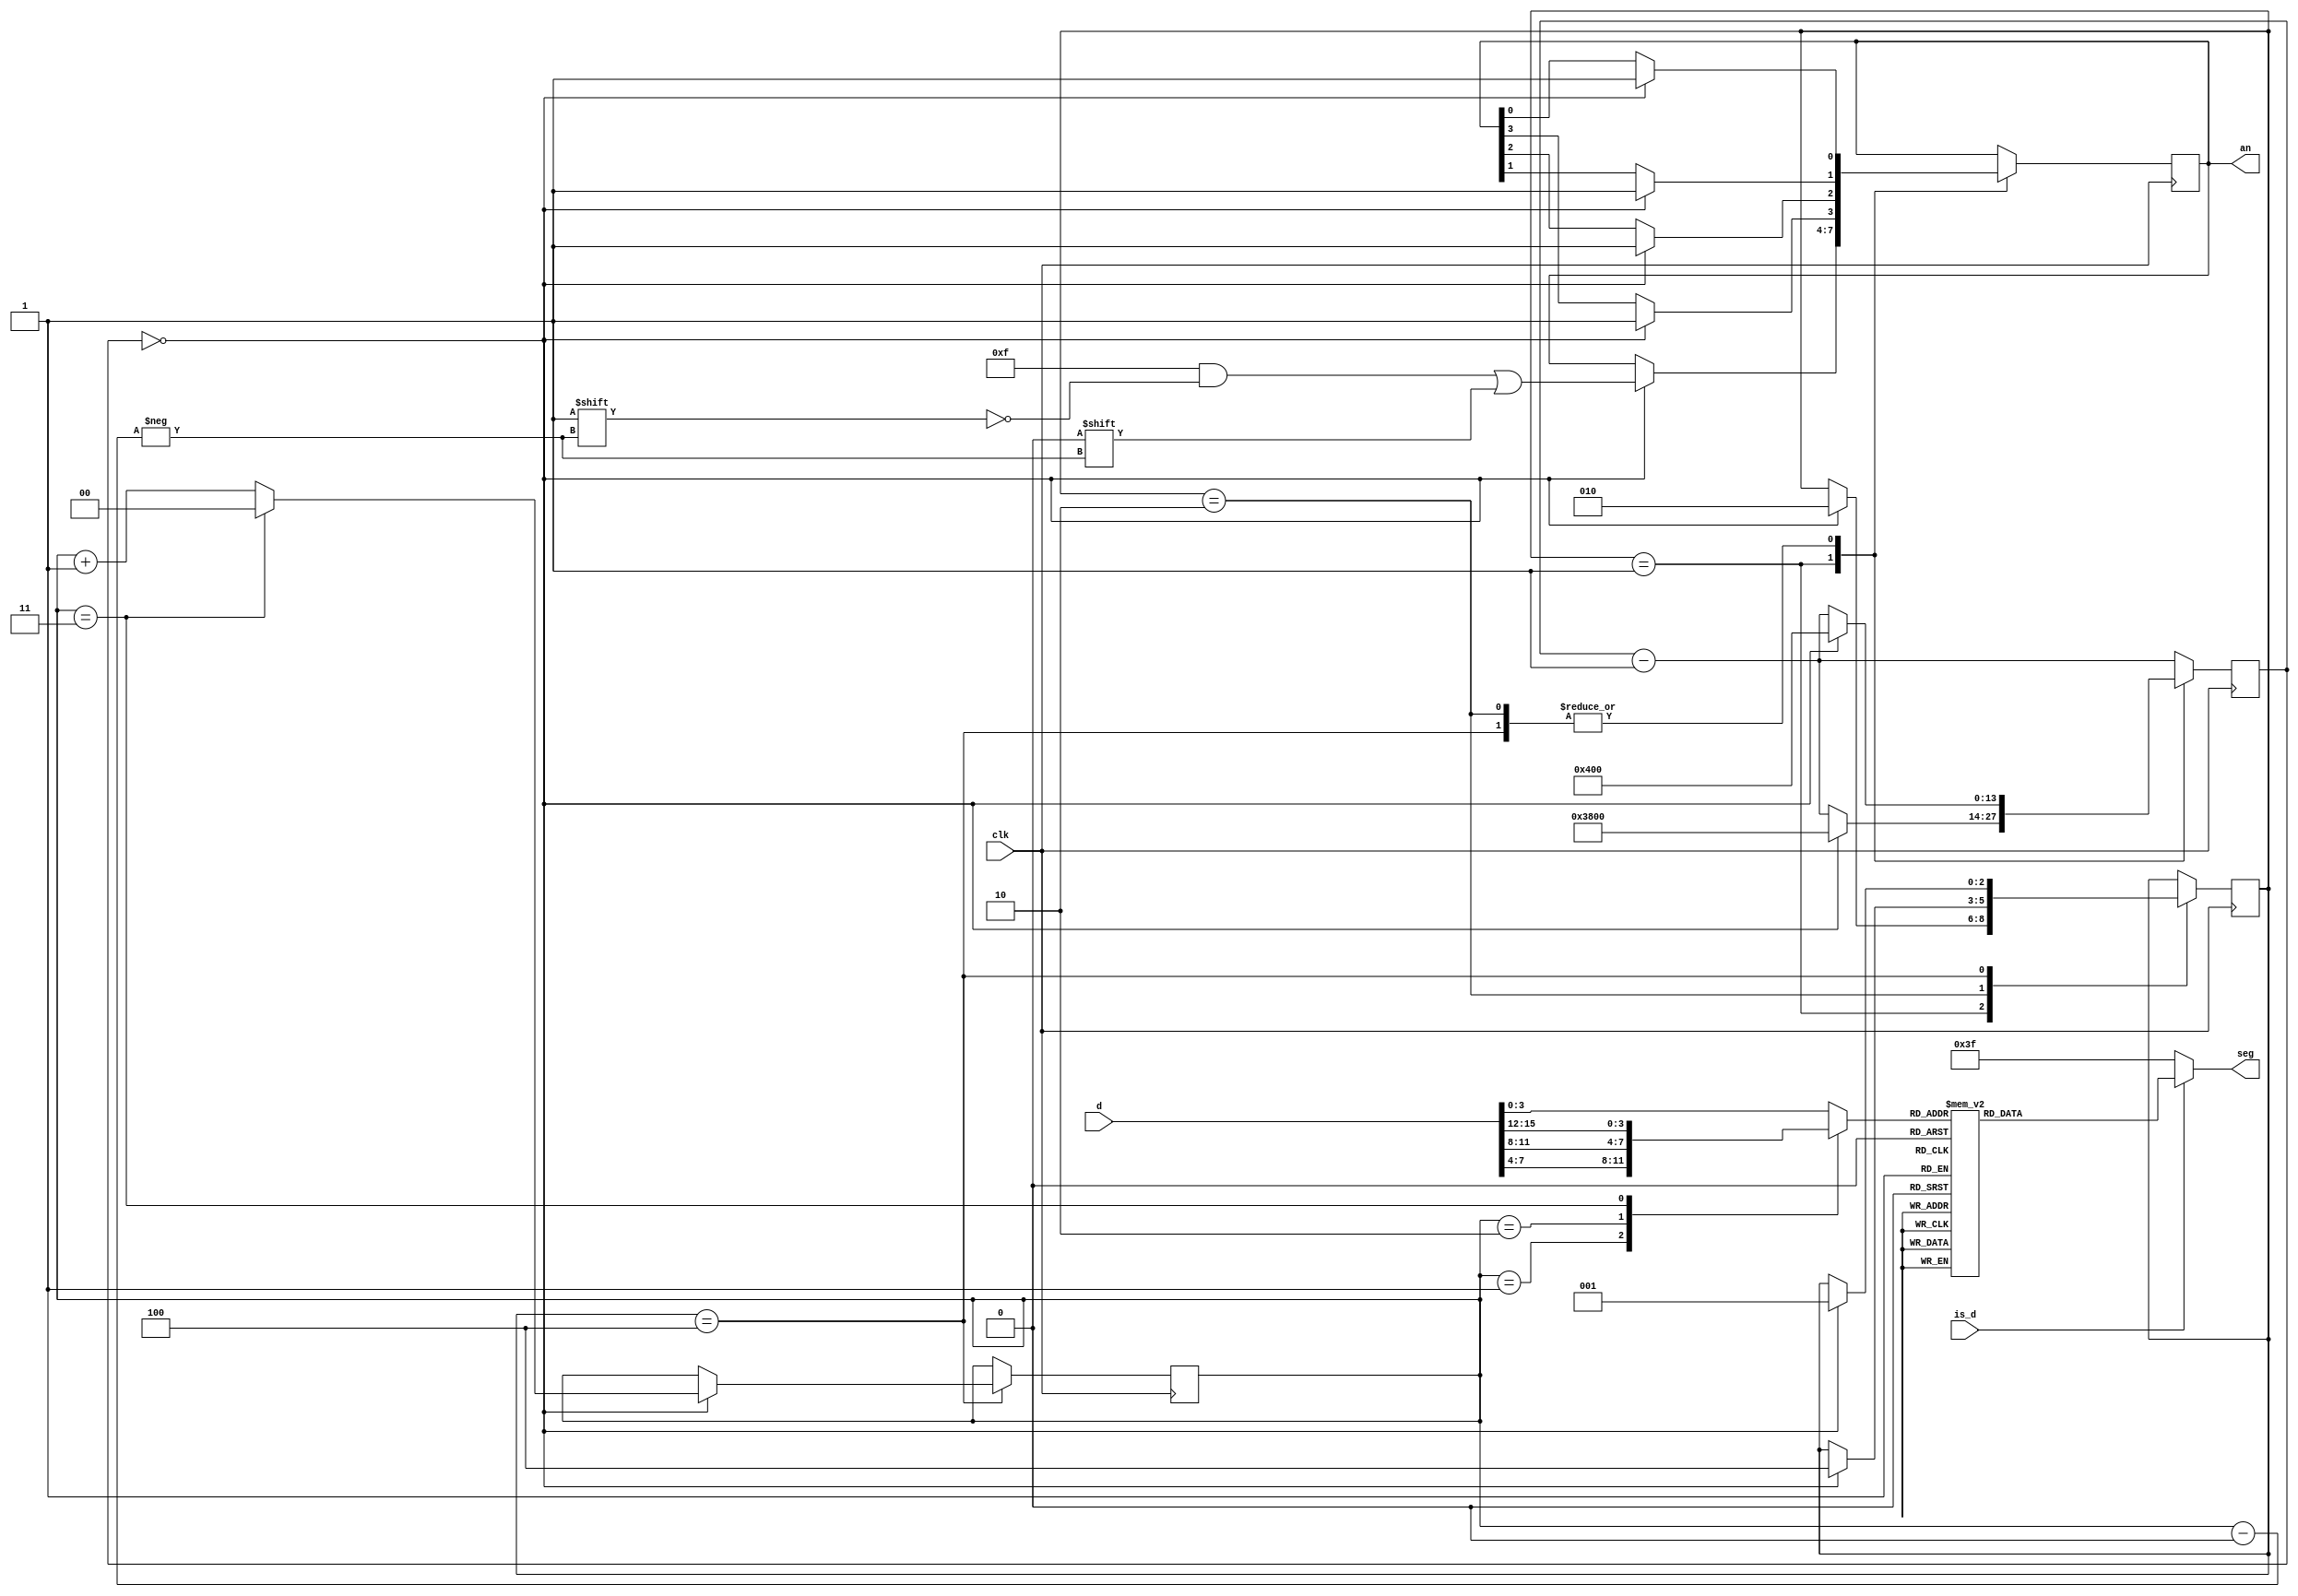
`default_nettype none

module display (
    input wire clk,

    input wire [15:0] d,
    input wire is_d,

    output reg [3:0] an,
    output reg [6:0] seg
);

// Which digit is currently being displayed, in {0, .., 3}
reg [1:0] digit_idx;
initial digit_idx = 3;

// Which step of displaying the current digit are we in
reg [2:0] display_state;
localparam CHARGE    = 3'b001;
localparam SHOW      = 3'b010;
localparam DISCHARGE = 3'b100;
initial display_state = DISCHARGE;

// Counts cycles to change `display_state`
// and/or `which_digit` (if `display_state` goes from DISCHARGE to CHARGE)
reg [13:0] display_ctr;
initial display_ctr = 0;

integer i;
always @(posedge clk) begin
    display_ctr <= display_ctr - 1;

    case (display_state)
    CHARGE: begin
        if (display_ctr == 0) begin
            display_state <= SHOW;
            display_ctr <= 14336;

            for (i = 0; i < 4; i = i + 1) begin
                an[i] <= 1;
            end

            an[digit_idx] <= 0;
        end
    end
    SHOW: begin
        if (display_ctr == 0) begin
            display_state <= DISCHARGE;
            display_ctr <= 1024;

            for (i = 0; i < 4; i = i + 1) begin
                an[i] <= 1;
            end
        end
    end
    DISCHARGE: begin
        if (display_ctr == 0) begin
            display_state <= CHARGE;
            display_ctr <= 1024;

            digit_idx <= digit_idx + 1;
            if (digit_idx == 3)
                digit_idx <= 0;

            for (i = 0; i < 4; i = i + 1) begin
                an[i] <= 1;
            end
        end
    end
    endcase
end

reg [3:0] chosen_digit;
always @* begin
    chosen_digit = d[3:0];
    case (digit_idx)
    1: chosen_digit = d[7:4];
    2: chosen_digit = d[11:8];
    3: chosen_digit = d[15:12];
    endcase
end

always @* begin
    seg = ~7'b1000000; // '-'
    if (is_d) case (chosen_digit)
     0: seg = ~7'b0111111;
     1: seg = ~7'b0000110;
     2: seg = ~7'b1011011;
     3: seg = ~7'b1001111;
     4: seg = ~7'b1100110;
     5: seg = ~7'b1101101;
     6: seg = ~7'b1111101;
     7: seg = ~7'b0100111;
     8: seg = ~7'b1111111;
     9: seg = ~7'b1101111;
    10: seg = ~7'b1110111;
    11: seg = ~7'b1111100;
    12: seg = ~7'b0111001;
    13: seg = ~7'b1011110;
    14: seg = ~7'b1111001;
    15: seg = ~7'b1110001;
    endcase
end

endmodule